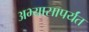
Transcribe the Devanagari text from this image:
अभ्यासापर्यंत